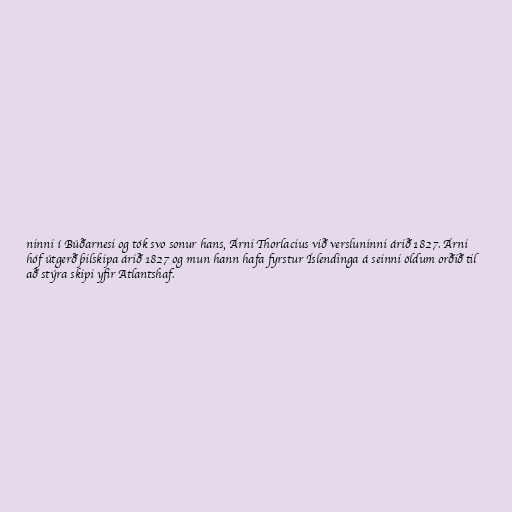
ninni í Búðarnesi og tók svo sonur hans, Árni Thorlacius við versluninni árið 1827. Árni
hóf útgerð þilskipa árið 1827 og mun hann hafa fyrstur Íslendinga á seinni öldum orðið til
að stýra skipi yfir Atlantshaf.